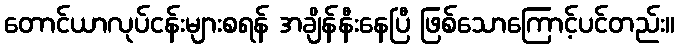
တောင်ယာလုပ်ငန်းများစရန် အချိန်နီးနေပြီ ဖြစ်သောကြောင့်ပင်တည်း။